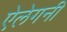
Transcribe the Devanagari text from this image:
ऐलेगनी